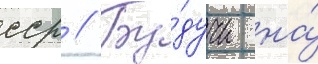
сср // Бу́дучи на́